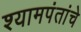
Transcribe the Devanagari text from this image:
श्यामपंतांचे